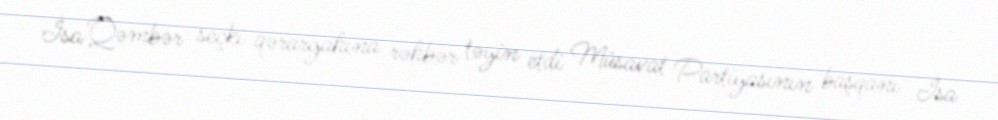
İsa Qəmbər seçki qərargahına rəhbər təyin etdi Müsavat Partiyasının başqanı İsa